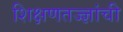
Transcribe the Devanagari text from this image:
शिक्षणतज्ज्ञांची